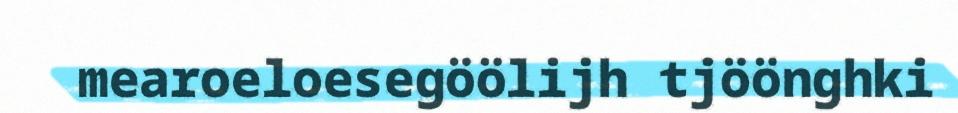
mearoeloesegöölijh tjöönghki